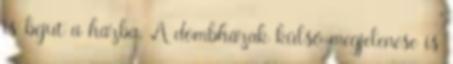
is bejut a házba. A dombházak külső megjelenése is